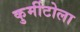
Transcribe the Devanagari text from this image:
कुर्मीटोला